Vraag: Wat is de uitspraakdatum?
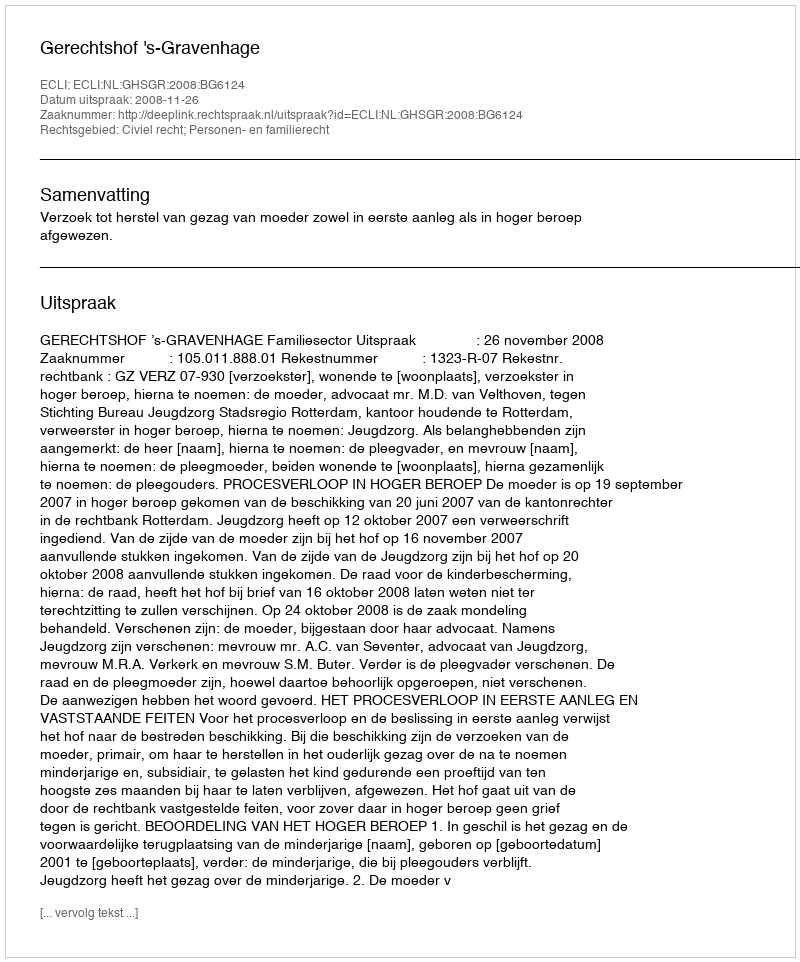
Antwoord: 2008-11-26